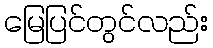
မြေပြင်တွင်လည်း